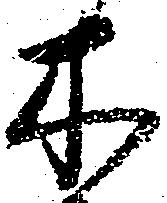
木